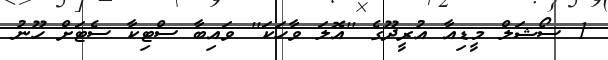
1 ސޯޝަލް މީޑިއާ އުރީދޫގެ ''އޮލަ ވާހަކަ'' ވައިބާ ސްޓިކާ ސެޓަށް ހޫނު